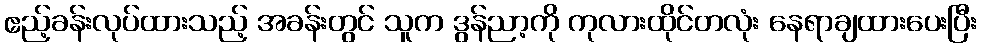
ဧည့်ခန်းလုပ်ထားသည့် အခန်းတွင် သူက ဒွန်ညာ့ကို ကုလားထိုင်တလုံး နေရာချထားပေးပြီး